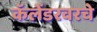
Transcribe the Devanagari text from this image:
कॅलेंडरवरचे